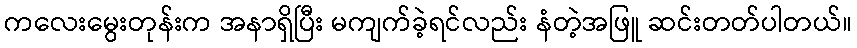
ကလေးမွေးတုန်းက အနာရှိပြီး မကျက်ခဲ့ရင်လည်း နံတဲ့အဖြူ ဆင်းတတ်ပါတယ်။